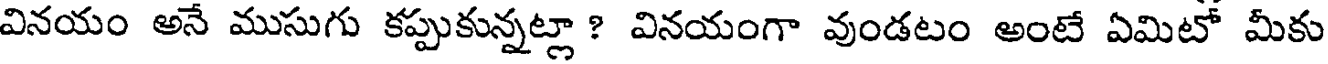
వినయం అనే ముసుగు కప్పుకున్నట్లా ? వినయంగా వుండటం అంటే ఏమిటో మీకు